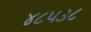
૪૮૫૩૮